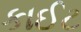
કાઈટ